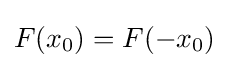
F(x_{0})=F(-x_{0})